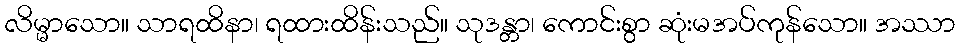
လိမ္မာသော။ သာရထိနာ၊ ရထားထိန်းသည်။ သုဒန္တာ၊ ကောင်းစွာ ဆုံးမအပ်ကုန်သော။ အဿာ